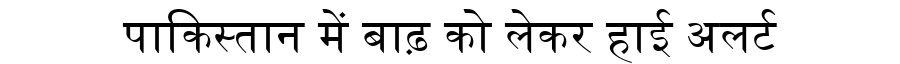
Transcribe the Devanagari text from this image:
पाकिस्तान में बाढ़ को लेकर हाई अलर्ट